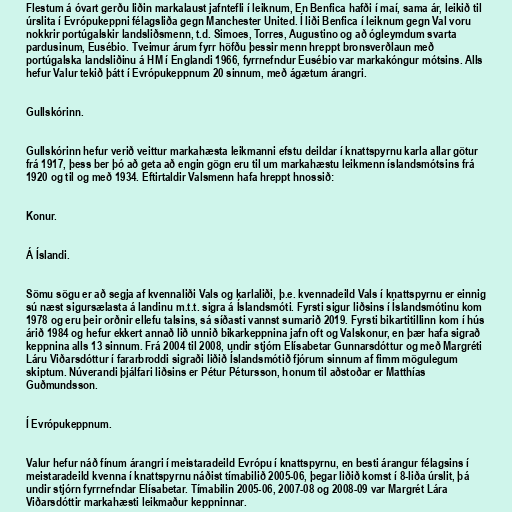
Flestum á óvart gerðu liðin markalaust jafntefli í leiknum, En Benfica hafði í maí, sama ár, leikið til
úrslita í Evrópukeppni félagsliða gegn Manchester United. Í liði Benfica í leiknum gegn Val voru
nokkrir portúgalskir landsliðsmenn, t.d. Simoes, Torres, Augustino og að ógleymdum svarta
pardusinum, Eusébio. Tveimur árum fyrr höfðu þessir menn hreppt bronsverðlaun með
portúgalska landsliðinu á HM í Englandi 1966, fyrrnefndur Eusébio var markakóngur mótsins. Alls
hefur Valur tekið þátt í Evrópukeppnum 20 sinnum, með ágætum árangri.

Gullskórinn.

Gullskórinn hefur verið veittur markahæsta leikmanni efstu deildar í knattspyrnu karla allar götur
frá 1917, þess ber þó að geta að engin gögn eru til um markahæstu leikmenn íslandsmótsins frá
1920 og til og með 1934. Eftirtaldir Valsmenn hafa hreppt hnossið:

Konur.

Á Íslandi.

Sömu sögu er að segja af kvennaliði Vals og karlaliði, þ.e. kvennadeild Vals í knattspyrnu er einnig
sú næst sigursælasta á landinu m.t.t. sigra á Íslandsmóti. Fyrsti sigur liðsins í Íslandsmótinu kom
1978 og eru þeir orðnir ellefu talsins, sá síðasti vannst sumarið 2019. Fyrsti bikartitillinn kom í hús
árið 1984 og hefur ekkert annað lið unnið bikarkeppnina jafn oft og Valskonur, en þær hafa sigrað
keppnina alls 13 sinnum. Frá 2004 til 2008, undir stjórn Elísabetar Gunnarsdóttur og með Margréti
Láru Viðarsdóttur í fararbroddi sigraði liðið Íslandsmótið fjórum sinnum af fimm mögulegum
skiptum. Núverandi þjálfari liðsins er Pétur Pétursson, honum til aðstoðar er Matthías
Guðmundsson.

Í Evrópukeppnum.

Valur hefur náð fínum árangri í meistaradeild Evrópu í knattspyrnu, en besti árangur félagsins í
meistaradeild kvenna í knattspyrnu náðist tímabilið 2005-06, þegar liðið komst í 8-liða úrslit, þá
undir stjórn fyrrnefndar Elísabetar. Tímabilin 2005-06, 2007-08 og 2008-09 var Margrét Lára
Viðarsdóttir markahæsti leikmaður keppninnar.